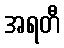
အရတီ